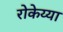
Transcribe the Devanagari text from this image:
रोकेय्या